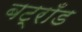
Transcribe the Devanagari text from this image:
बट्राँड